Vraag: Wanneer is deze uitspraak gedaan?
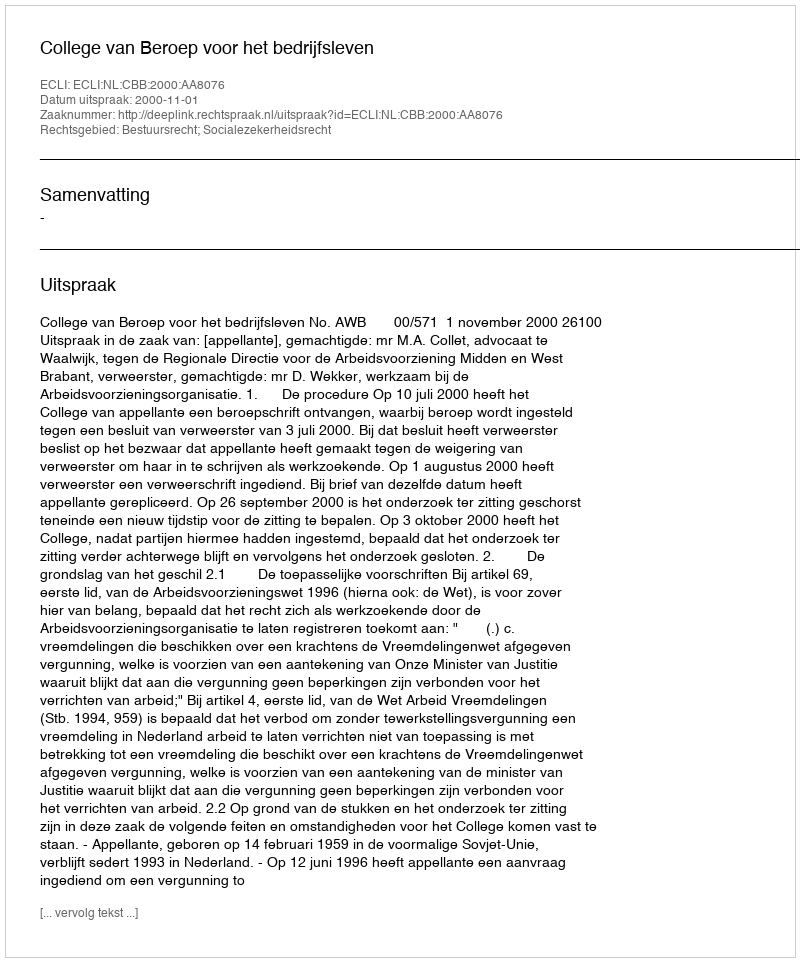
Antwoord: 2000-11-01